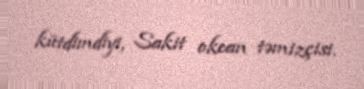
kütdimdiyi, Sakit okean təmizçisi.